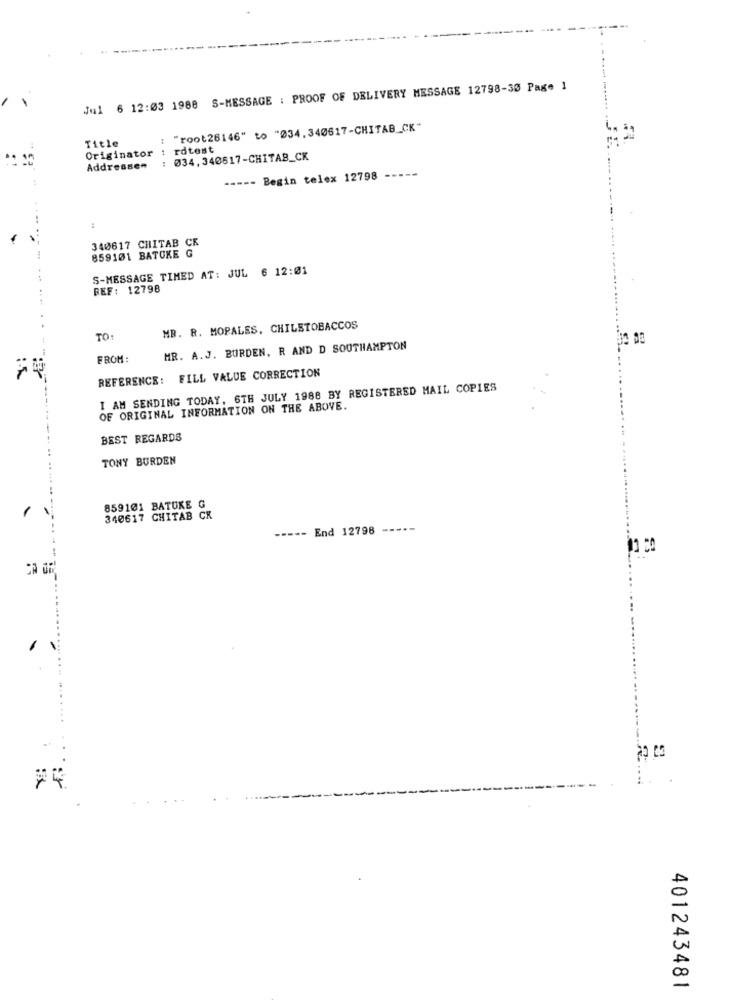
Jul 6 12:03 1988 S-MESSAGE : PROOF OF DELIVERY MESSAGE 12798-30 Page 1
: "root28146" to "034, 340617-CHITAB_CK"
Title
Originator : rdtest
Addresses : 034,340
: 034, 340617-CHITAB_CK
----- Begin telex 12798
340617 CHITAB CK
859101 BATOKE G
S-MESSAGE TIMED AT: JUL 6 12:01
REF: 12798
MB. R. MORALES. CHILETOBACCOS
TO:
MR. A.J. BURDEN, R AND D SOUTHAMPTON
FROM:
REFERENCE: FILL VALUE CORRECTION
I AM SENDING TODAY, 6TH JULY 1988 BY REGISTERED MAIL COPIES
OF ORIGINAL INFORMATION ON THE ABOVE.
BEST REGARDS
TONY BURDEN
859101 BATUKE G
1
340617 CHITAB CX
----- End 12798
-----
...
....
401243481